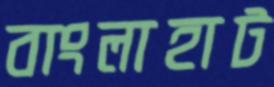
বাংলাহাট